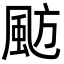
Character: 𩖫